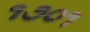
૧૭૦૧